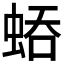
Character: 𧌀